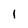
Character: I